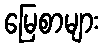
မြေစာများ